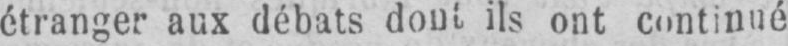
étranger aux débats dont ils ont continué